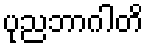
ပုညဘာဂါတိ